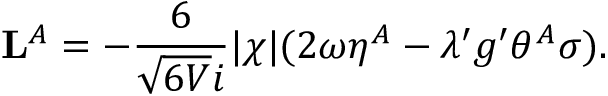
{ \bf L } ^ { A } = - \frac { 6 } { \sqrt { 6 V } i } | \chi | ( 2 \omega \eta ^ { A } - \lambda ^ { \prime } g ^ { \prime } \theta ^ { A } \sigma ) .